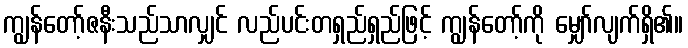
ကျွန်တော့်ဇနီးသည်သာလျှင် လည်ပင်းတရှည်ရှည်ဖြင့် ကျွန်တော့်ကို မျှော်လျက်ရှိ၏။